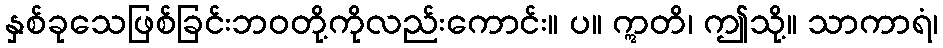
နှစ်ခုသေဖြစ်ခြင်းဘဝတို့ကိုလည်းကောင်း။ ပ။ ဣတိ၊ ဤသို့။ သာကာရံ၊